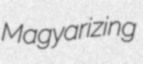
Magyarizing